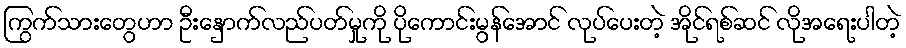
ကြွက်သားတွေဟာ ဦးနှောက်လည်ပတ်မှုကို ပိုကောင်းမွန်အောင် လုပ်ပေးတဲ့ အိုင်ရစ်ဆင် လိုအရေးပါတဲ့